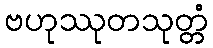
ဗဟုဿုတသုတ္တံ